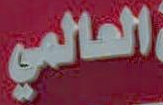
العالمي